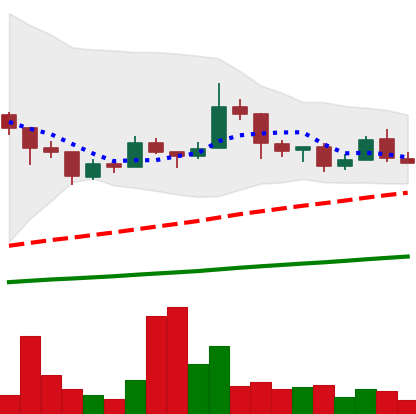
Ticker: LTC-USD
Chart end date: 2018-01-15
Forward return: -9.346%
Label: down_7plus